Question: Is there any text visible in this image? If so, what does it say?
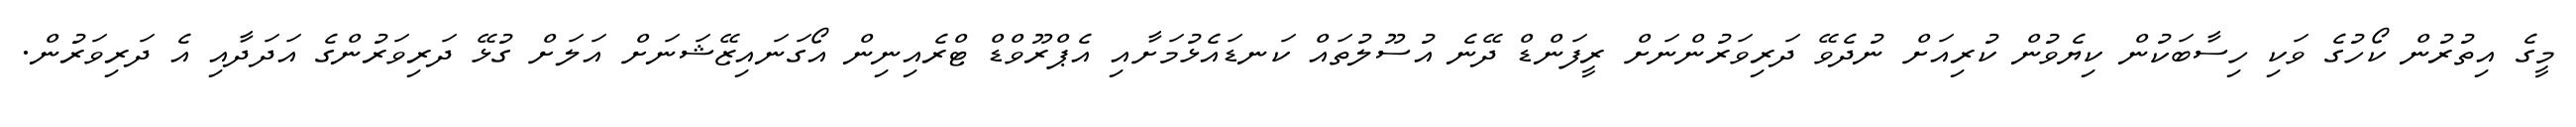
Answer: މީގެ އިތުރުން ކޯހުގެ ވަކި ހިސާބަކުން ކިޔެވުން ކުރިއަށް ނުދެވޭ ދަރިވަރުންނަށް ރީފަންޑް ދޭނެ އުސޫލުތައް ކަނޑައެޅުމަށާއި އެޕްރޫވްޑް ޓްރެއިނިން އޯގަނައިޒޭޝަނަށް އަލަށް ގުޅޭ ދަރިވަރުންގެ އަދަދާއި އެ ދަރިވަރުން.